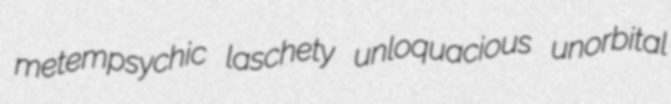
metempsychic laschety unloquacious unorbital